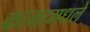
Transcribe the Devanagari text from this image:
कामामधले